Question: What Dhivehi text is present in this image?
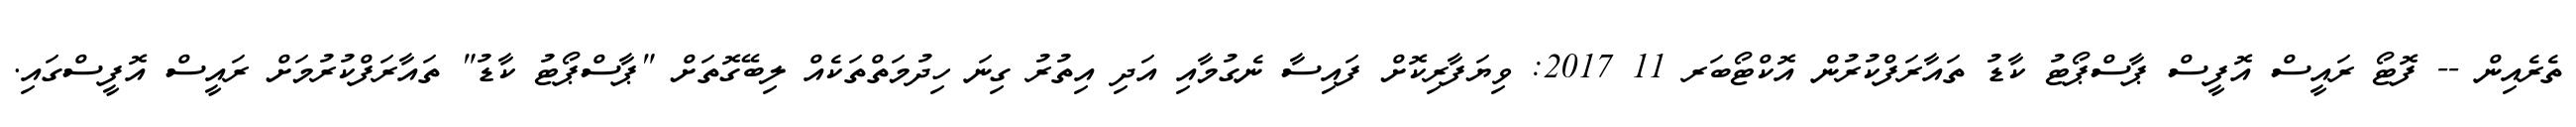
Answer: ތެރެއިން -- ފޮޓޯ ރައީސް އޮފީސް ޕާސްޕޯޓު ކާޑު ތައާރަފްކުރުން އޮކްޓޯބަރ 11 2017: ވިޔަފާރިކޮށް ފައިސާ ނެގުމާއި އަދި އިތުރު ގިނަ ހިދުމަތްތަކެއް ލިބޭގޮތަށް "ޕާސްޕޯޓު ކާޑު" ތައާރަފްކުރުމަށް ރައީސް އޮފީސްގައި.